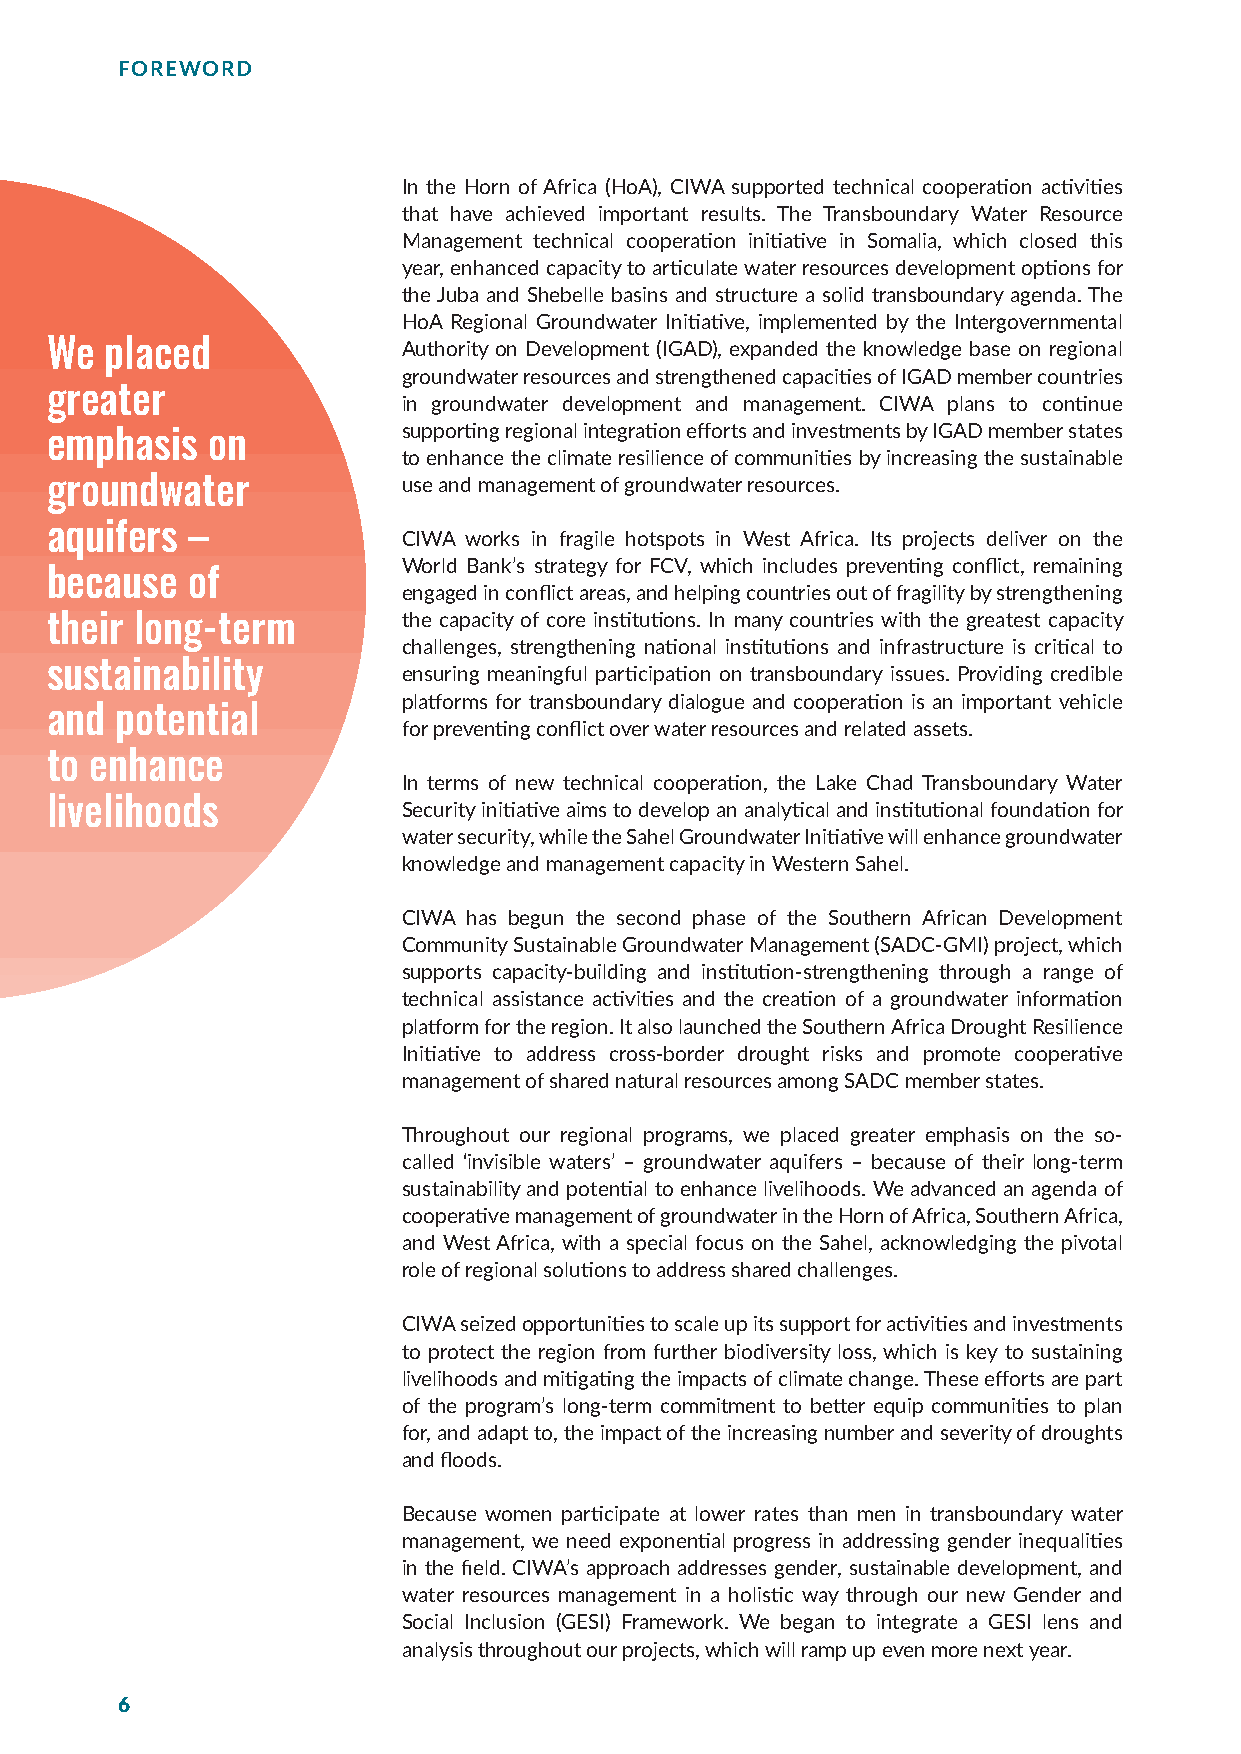
FOREWORD
 In the Horn of Africa (HoA), CIWA supported technical cooperation activities
 that have achieved important results. The Transboundary Water Resource
 Management technical cooperation initiative in Somalia, which closed this
 year, enhanced capacity to articulate water resources development options for
 the Juba and Shebelle basins and structure a solid transboundary agenda. The
 HoA Regional Groundwater Initiative, implemented by the Intergovernmental
 We  placed              Authority on Development (IGAD), expanded the knowledge base on regional
 groundwater resources and strengthened capacities of IGAD member countries
 greater
 in groundwater development and management. CIWA plans to continue
 supporting regional integration efforts and investments by IGAD member states
 emphasis   on
 to enhance the climate resilience of communities by increasing the sustainable
 groundwater             use and management of groundwater resources.
 aquifers –
 CIWA works in fragile hotspots in West Africa. Its projects deliver on the
 World Bank’s strategy for FCV, which includes preventing conflict, remaining
 because  of
 engaged in conflict areas, and helping countries out of fragility by strengthening
 their long-term         the capacity of core institutions. In many countries with the greatest capacity
 challenges, strengthening national institutions and infrastructure is critical to
 sustainability          ensuring meaningful participation on transboundary issues. Providing credible
 platforms for transboundary dialogue and cooperation is an important vehicle
 and  potential
 for preventing conflict over water resources and related assets.
 to enhance
 In terms of new technical cooperation, the Lake Chad Transboundary Water
 livelihoods             Security initiative aims to develop an analytical and institutional foundation for
 water security, while the Sahel Groundwater Initiative will enhance groundwater
 knowledge and management capacity in Western Sahel.
 CIWA has begun the second phase of the Southern African Development
 Community Sustainable Groundwater Management (SADC-GMI) project, which
 supports capacity-building and institution-strengthening through a range of
 technical assistance activities and the creation of a groundwater information
 platform for the region. It also launched the Southern Africa Drought Resilience
 Initiative to address cross-border drought risks and promote cooperative
 management of shared natural resources among SADC member states.
 Throughout our regional programs, we placed greater emphasis on the so-
 called ‘invisible waters’ – groundwater aquifers – because of their long-term
 sustainability and potential to enhance livelihoods. We advanced an agenda of
 cooperative management of groundwater in the Horn of Africa, Southern Africa,
 and West Africa, with a special focus on the Sahel, acknowledging the pivotal
 role of regional solutions to address shared challenges.
 CIWA seized opportunities to scale up its support for activities and investments
 to protect the region from further biodiversity loss, which is key to sustaining
 livelihoods and mitigating the impacts of climate change. These efforts are part
 of the program’s long-term commitment to better equip communities to plan
 for, and adapt to, the impact of the increasing number and severity of droughts
 and floods.
 Because women participate at lower rates than men in transboundary water
 management, we need exponential progress in addressing gender inequalities
 in the field. CIWA’s approach addresses gender, sustainable development, and
 water resources management in a holistic way through our new Gender and
 Social Inclusion (GESI) Framework. We began to integrate a GESI lens and
 analysis throughout our projects, which will ramp up even more next year.
 6